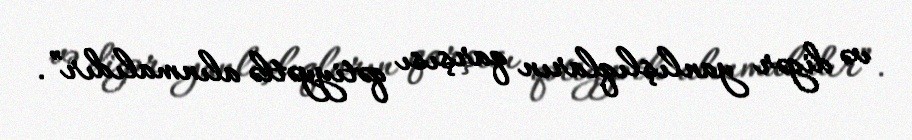
və digər yanlışlıqların qarşısı qətiyyətlə alınmalıdır”.